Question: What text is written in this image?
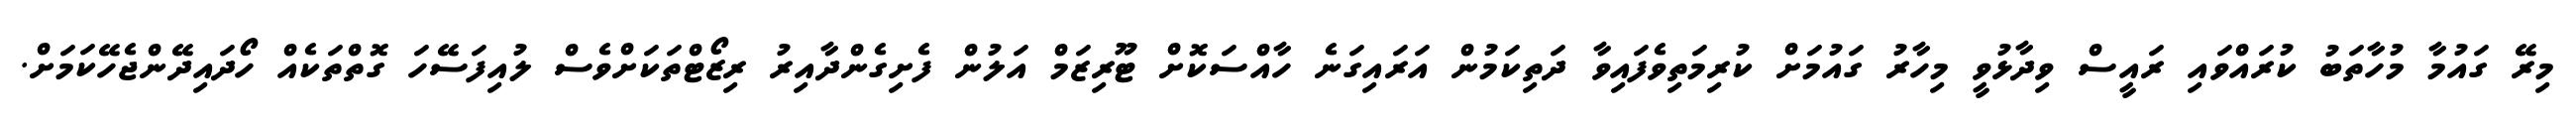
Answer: މިރޭ ގައުމާ މުހާތަބު ކުރައްވައި ރައީސް ވިދާޅުވީ މިހާރު ގައުމަށް ކުރިމަތިވެފައިވާ ދަތިކަމުން އަރައިގަނެ ހާއްސަކޮށް ޓޫރިޒަމް އަލުން ފެށިގެންދާއިރު ރިޒޯޓްތަކަށްވެސް ލުއިފަސޭހަ ގޮތްތަކެއް ހޯދައިދޭންޖެހޭކަމަށް.